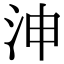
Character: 𣳑